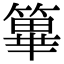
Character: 篳